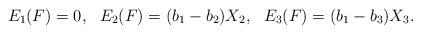
LaTeX: \begin{align*}E_1(F)=0,~~E_2(F)=(b_1-b_2)X_2, ~~ E_3(F)=(b_1-b_3)X_3.\end{align*}